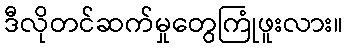
ဒီလိုတင်ဆက်မှုတွေကြုံဖူးလား။